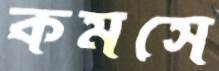
কমসে